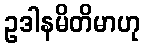
ဥဒါနမိတိမာဟု